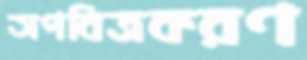
অপবিত্রকরণ